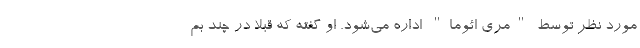
مورد نظر توسط "مری ائوما" اداره می‌شود. او گفته که قبلا در چند بم